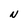
Character: N